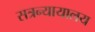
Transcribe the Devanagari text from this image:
सत्रन्यायालय